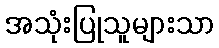
အသုံးပြုသူများသာ